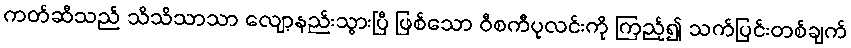
ကတ်ဆီသည် သိသိသာသာ လျော့နည်းသွားပြီ ဖြစ်သော ဝီစကီပုလင်းကို ကြည့်၍ သက်ပြင်းတစ်ချက်